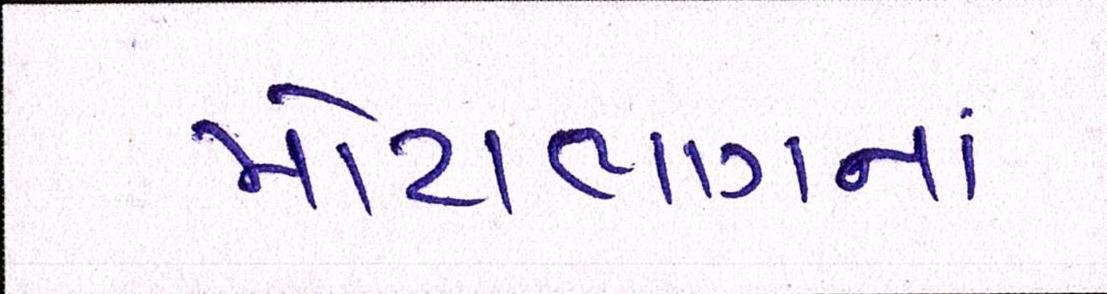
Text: મોટાભાગનાં